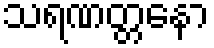
သရဏတ္တနော